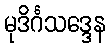
မုဒိင်္ဂသဒ္ဒေန